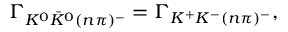
\Gamma _ { K ^ { 0 } \bar { K } ^ { 0 } ( n \pi ) ^ { - } } = \Gamma _ { K ^ { + } K ^ { - } ( n \pi ) ^ { - } } ,